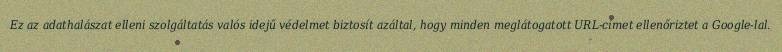
Ez az adathalászat elleni szolgáltatás valós idejű védelmet biztosít azáltal, hogy minden meglátogatott URL-címet ellenőriztet a Google-lal.